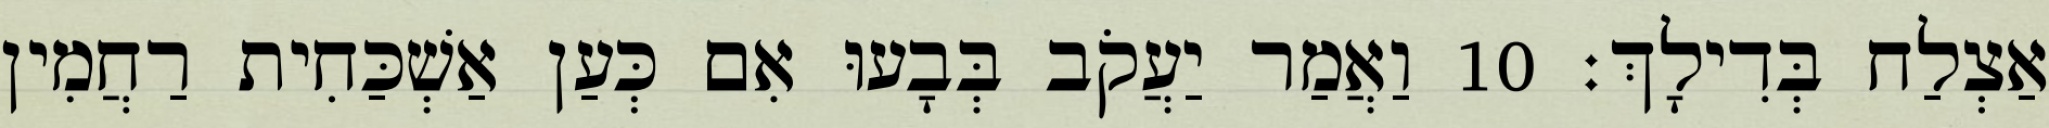
אַצְלַח בְּדִילָךְ׃ 10 וַאֲמַר יַעֲקֹב בְּבָעוּ אִם כְּעַן אַשְׁכַּחִית רַחֲמִין